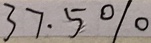
3 7 . 5 \%